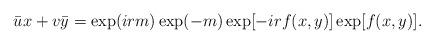
LaTeX: \begin{align*} \bar{u} x + v \bar{y} = \exp (i r m) \exp (-m) \exp [-i r f(x,y)] \exp [f(x,y)]. \end{align*}